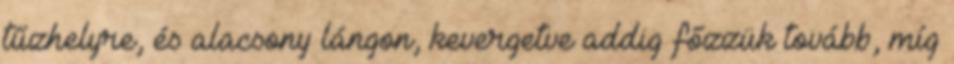
tűzhelyre, és alacsony lángon, kevergetve addig főzzük tovább, míg